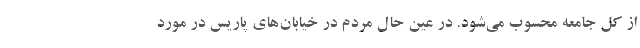
از کل جامعه محسوب می‌شود. در عین حال مردم در خیابان‌های پاریس در مورد